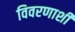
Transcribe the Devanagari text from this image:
विवरणाशी